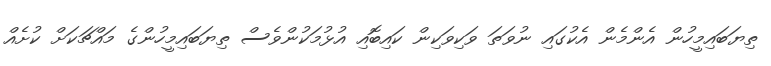
ތިޔަބައިމީހުން އެންމެން އެކުގައި ނުވަތަ ވަކިވަކިން ކައިބޮއި އުޅުމަކުންވެސް ތިޔަބައިމީހުންގެ މައްޗަކަށް ކުށެއް